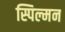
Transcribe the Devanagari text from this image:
स्पिल्मन